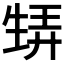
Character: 𤯨